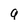
Character: g